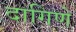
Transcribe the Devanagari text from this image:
दागिणे